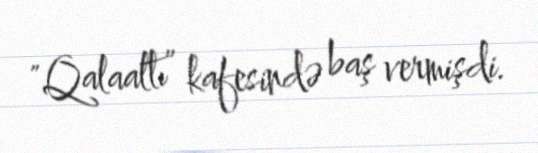
"Qalaaltı” kafesində baş vermişdi.